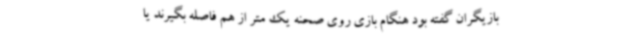
بازیگران گفته بود هنگام بازی روی صحنه یک متر از هم فاصله بگیرند یا